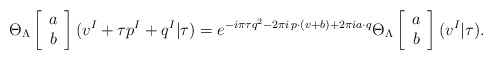
\begin{align*}\Theta_{\Lambda}\left[\begin{array}{c}a \\b\end{array}\right](v^{I}+\tau p^{I}+q^{I}|\tau)=e^{-i\pi\tau q^{2}-2\pi i\,p\cdot(v+b)+2\pi i a\cdot q}\Theta_{\Lambda}\left[\begin{array}{c}a \\b\end{array}\right](v^{I}|\tau).\end{align*}